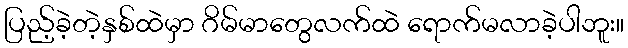
ပြည့်ခဲ့တဲ့နှစ်ထဲမှာ ဂိမ်မာတွေလက်ထဲ ရောက်မလာခဲ့ပါဘူး။